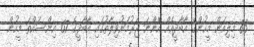
83 މިލިއަން މީހުންގެ އާބާދީއެއް އޮންނަ ޖަރުމަނުވިލާތުގައި އާބާދީގެ 67 އިންސައްތަ މީހުން